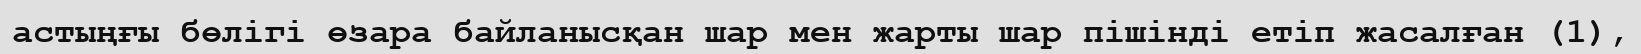
астыңғы бөлігі өзара байланысқан шар мен жарты шар пішінді етіп жасалған (1),